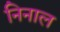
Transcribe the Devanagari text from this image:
निनाल